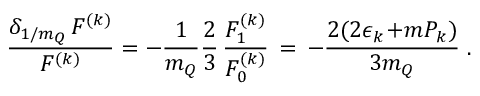
\frac { \delta _ { 1 / m _ { Q } } \, F ^ { ( k ) } } { F ^ { ( k ) } } = - \frac { 1 } { m _ { Q } } \frac { 2 } { 3 } \, \frac { F _ { 1 } ^ { ( k ) } } { F _ { 0 } ^ { ( k ) } } \, = \, - \frac { 2 ( 2 \epsilon _ { k } \! + \! m P _ { k } ) } { 3 m _ { Q } } \; .